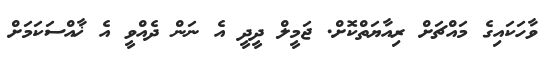
ވާހަކައިގެ މައްޗަށް ރިއާޔަތްކޮށް. ޖަމީލް ދީދީ އެ ނަން ދެއްވީ އެ ޚާއްސަކަމަށް